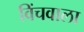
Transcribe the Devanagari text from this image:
विंचवाला